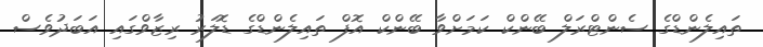
ތައިލެންޑްގެ ސެންޓްރަލް ބޭންކް ކަމަށްވާ ބޭންކް އޮފް ތައިލެންޑްގެ ޑޮލަރު ރިޒާވްގައި އަބަދުވެސް